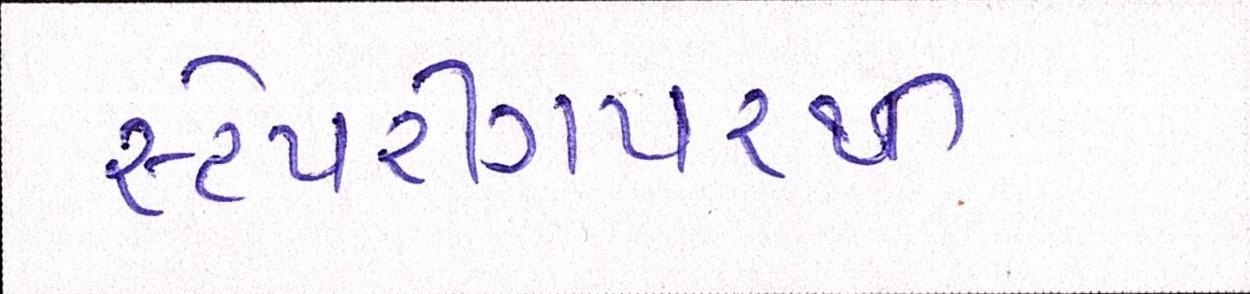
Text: સ્ટેયરીંગપરથી